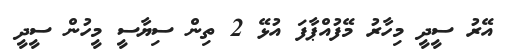
އޭރު ސީދީ މިހާރު މޭފުއްޕާފަ އުޅޭ 2 ތިން ސިޔާސީ މީހުން ސީދީ